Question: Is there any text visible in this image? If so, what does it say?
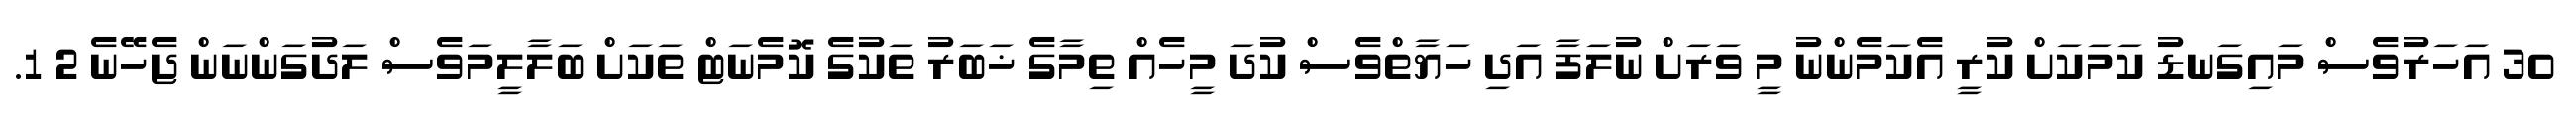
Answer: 30 އަހަރުވެސް މައިގަނޑު ކަމަކަށް ކުރީ އެކަމެންނު މީ ވަރަށް ނުލަފާ އަދި ހަޔާތްވެސް ކުދަ މީހެއް ތިމާގެ ޚަބަރު ތަކުގެ ކޮމެނަޓް ތަކަށް ބަލާލީމަވެސް ލަދުގަންނަން ޖެހޭނެ 2 1.